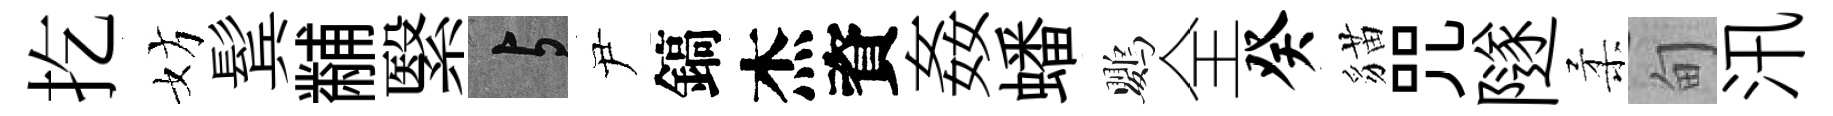
扢妨鬂黼繄与尹鎬杰資姦蟠鸚全癸貓咒隧柔甸汛